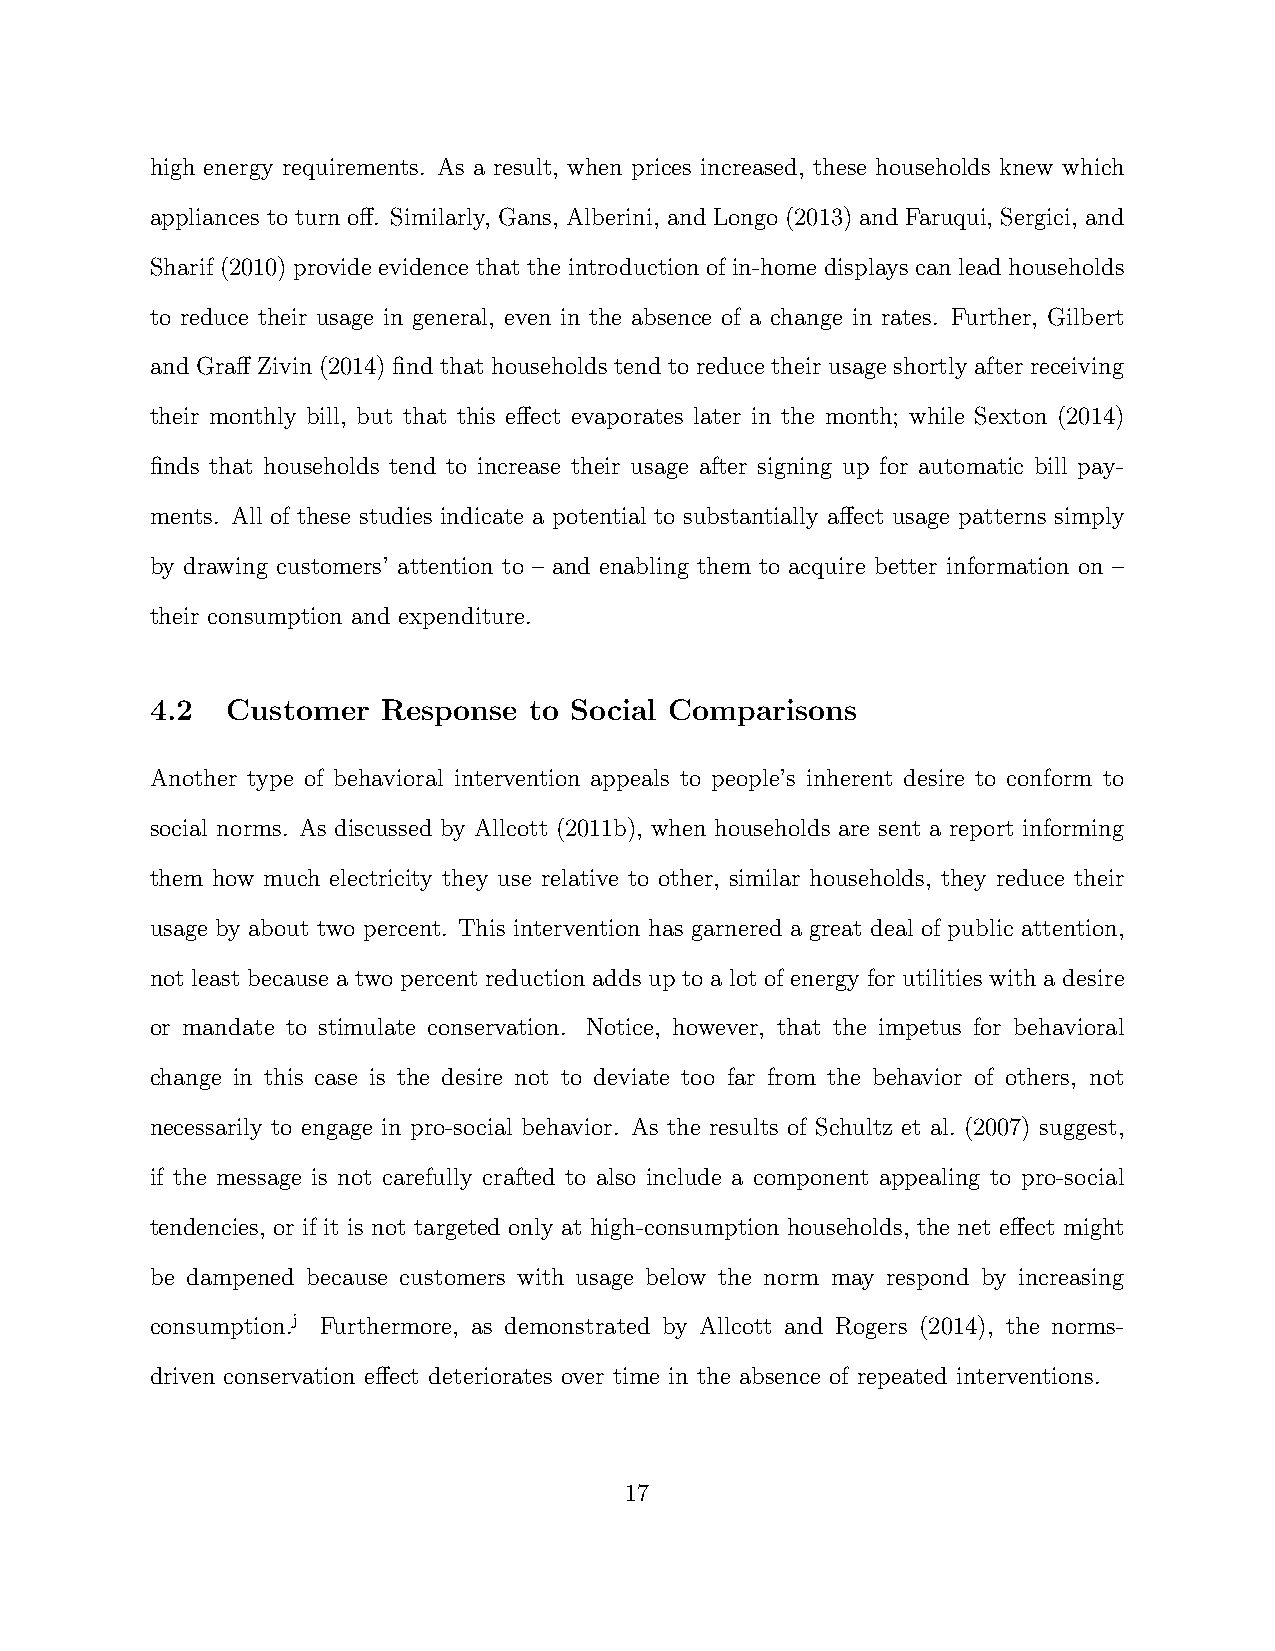
high energy requirements. As a result, when prices increased, these households knew which
 appliances to turn off. Similarly, Gans, Alberini, and Longo (2013) and Faruqui, Sergici, and
 Sharif (2010) provide evidence that the introduction of in-home displays can lead households
 to reduce their usage in general, even in the absence of a change in rates. Further, Gilbert
 and Graff Zivin (2014) find that households tend to reduce their usage shortly after receiving
 their monthly bill, but that this effect evaporates later in the month; while Sexton (2014)
 finds that households tend to increase their usage after signing up for automatic bill pay-
 ments. All of these studies indicate a potential to substantially affect usage patterns simply
 by drawing customers’ attention to – and enabling them to acquire better information on –
 their consumption and expenditure.
 4.2  Customer  Response  to Social Comparisons
 Another type of behavioral intervention appeals to people’s inherent desire to conform to
 social norms. As discussed by Allcott (2011b), when households are sent a report informing
 them how much electricity they use relative to other, similar households, they reduce their
 usage by about two percent. This intervention has garnered a great deal of public attention,
 not least because a two percent reduction adds up to a lot of energy for utilities with a desire
 or mandate to stimulate conservation. Notice, however, that the impetus for behavioral
 change in this case is the desire not to deviate too far from the behavior of others, not
 necessarily to engage in pro-social behavior. As the results of Schultz et al. (2007) suggest,
 if the message is not carefully crafted to also include a component appealing to pro-social
 tendencies, or if it is not targeted only at high-consumption households, the net effect might
 be dampened because customers with usage below the norm may respond by increasing
 consumption.j Furthermore, as demonstrated by Allcott and Rogers (2014), the norms-
 driven conservation effect deteriorates over time in the absence of repeated interventions.
 17